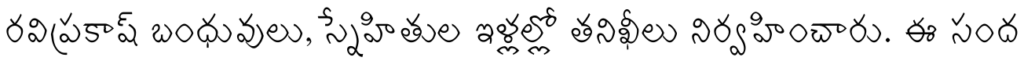
రవిప్రకాష్ బంధువులు, స్నేహితుల ఇళ్లల్లో తనిఖీలు నిర్వహించారు. ఈ సంద